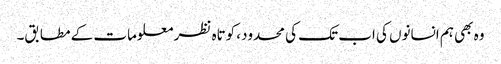
وہ بھی ہم انسانوں کی اب تک کی محدود، کوتاہ نظر معلومات کے مطابق۔